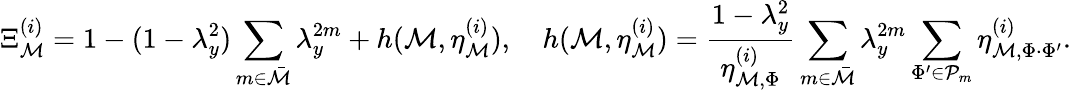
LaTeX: \Xi_{\mathcal{M}}^{(i)}=1-(1-\lambda_{y}^{2})\sum_{m\in\bar{\mathcal{M}}}\lambda_{y}^{2m}+h(\mathcal{M},\eta_{\mathcal{M}}^{(i)}),\quad h(\mathcal{M},\eta_{\mathcal{M}}^{(i)})=\frac{1-\lambda_{y}^{2}}{\eta_{\mathcal{M},\Phi}^{(i)}}\sum_{m\in\bar{\mathcal{M}}}\lambda_{y}^{2m}\sum_{\Phi^{\prime}\in\mathcal{P}_{m}}\eta_{\mathcal{M},\Phi\cdot\Phi^{\prime}}^{(i)}.